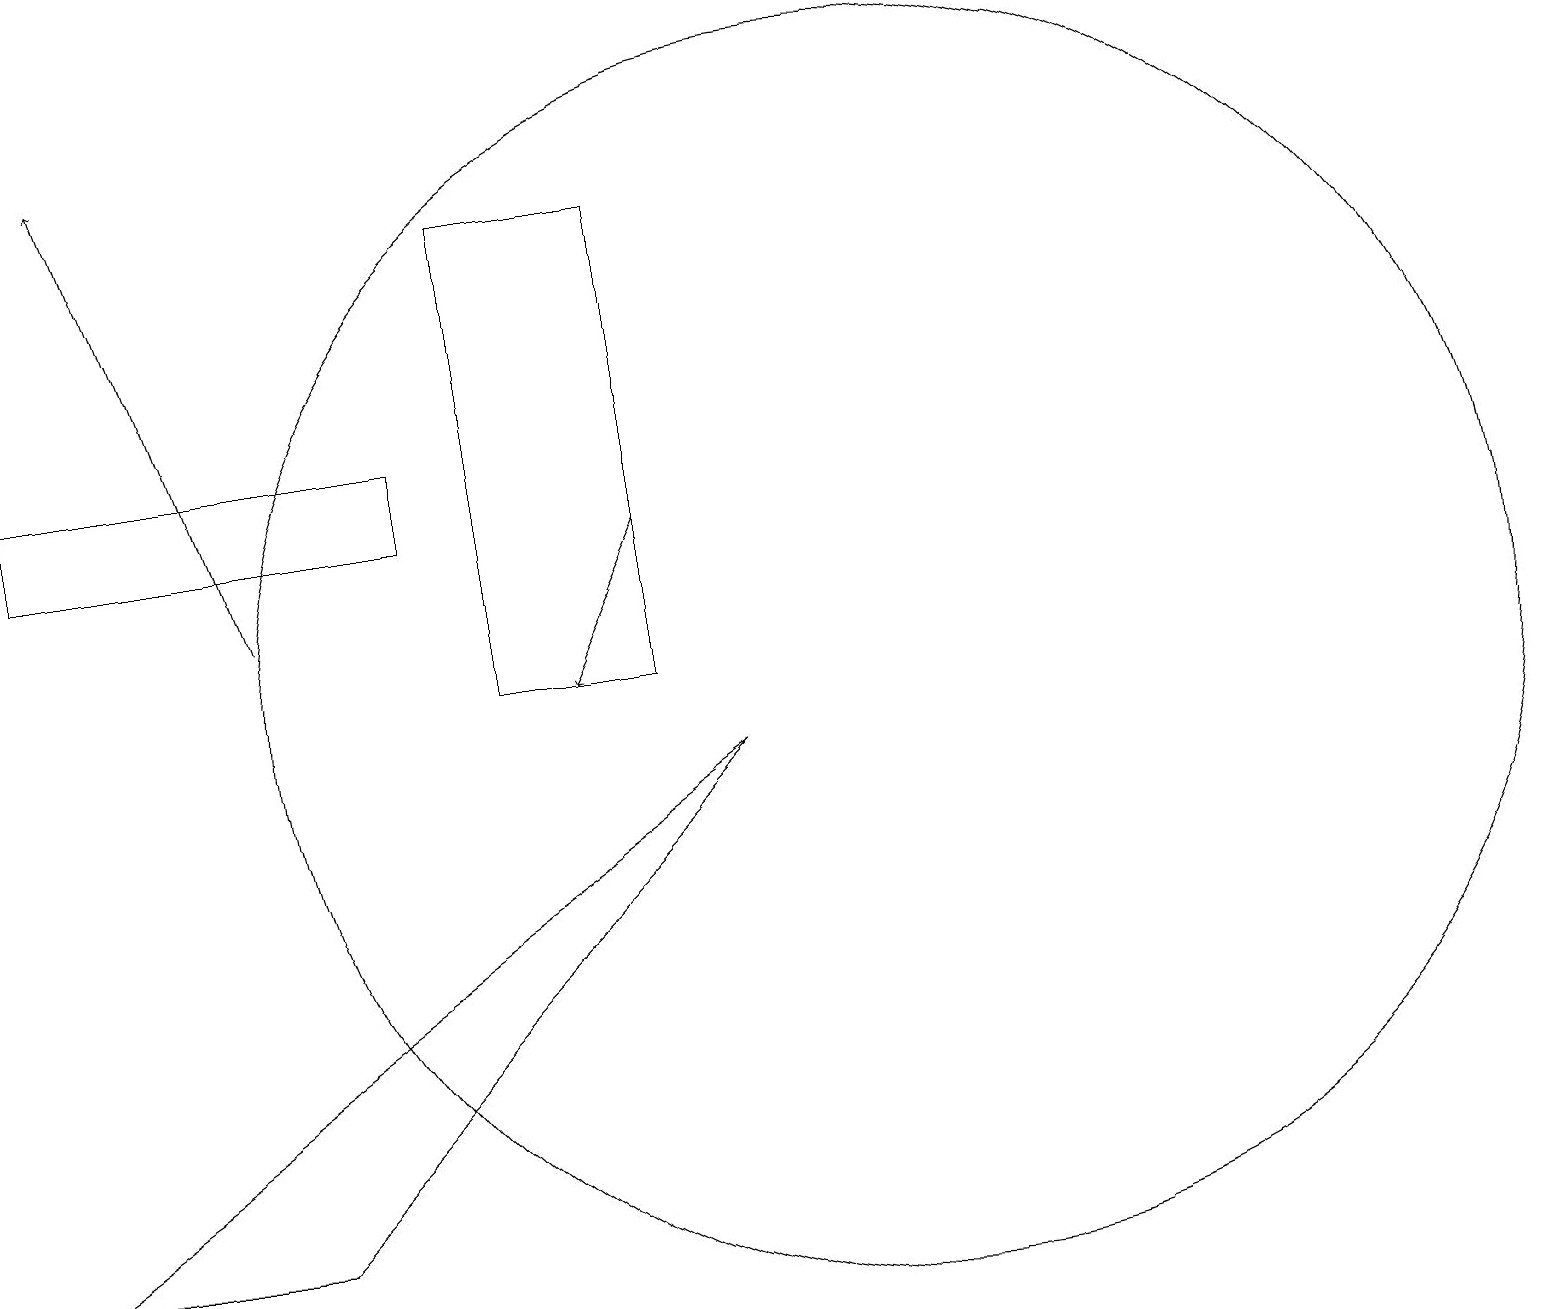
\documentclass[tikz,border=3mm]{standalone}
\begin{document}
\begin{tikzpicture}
\draw[->] (3,11) -- (1,17);
\draw[->] (8,12) -- (7,10);
\draw (3,3) -- (0,3) -- (9,9) -- cycle;
\draw (8,16) rectangle (6,10);
\draw (5,12) rectangle (0,13);
\draw (11,10) circle (8);
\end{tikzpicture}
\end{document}